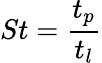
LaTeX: St=\frac{t_{p}}{t_{l}}